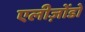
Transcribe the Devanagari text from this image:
एलीज़ोंडो